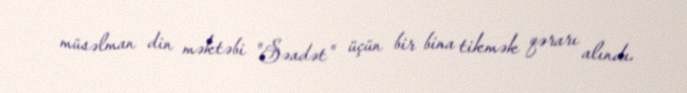
müsəlman din məktəbi "Səadət" üçün bir bina tikmək qərarı alındı.